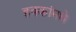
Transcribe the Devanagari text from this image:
हक्कांमधे